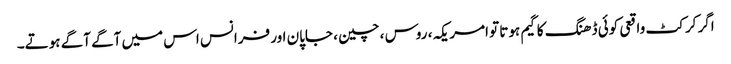
اگر کرکٹ واقعی کوئی ڈھنگ کا گیم ہوتا تو امریکہ ، روس ، چین ، جاپان اور فرانس اس میں آگے آگے ہوتے۔